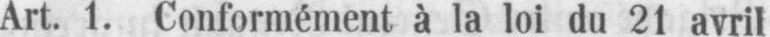
Art. 1. Conformément à la loi an 21 avril